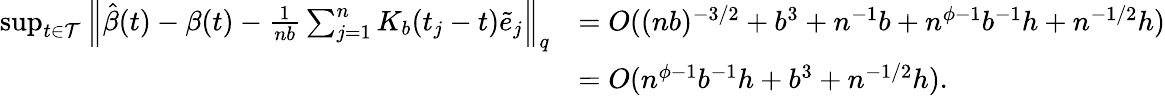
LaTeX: \begin{array}{rl}{\operatorname*{sup}_{t\in\mathcal{T}}\left\| \hat{\beta}(t)-\beta(t)-\frac{1}{nb}\sum_{j=1}^{n}K_{b}(t_{j}-t)\tilde{e}_{j}\right\| _{q}}&{=O((nb)^{-3/2}+b^{3}+n^{-1}b+n^{\phi-1}b^{-1}h+n^{-1/2}h)}\\ &{=O(n^{\phi-1}b^{-1}h+b^{3}+n^{-1/2}h).}\end{array}